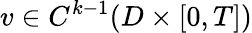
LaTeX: v\in C^{k-1}(D\times[0,T])